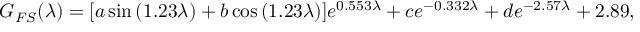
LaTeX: G _ { F S } ( \lambda ) = [ a \sin { ( 1 . 2 3 \lambda ) } + b \cos { ( 1 . 2 3 \lambda ) } ] e ^ { 0 . 5 5 3 \lambda } + c e ^ { - 0 . 3 3 2 \lambda } + d e ^ { - 2 . 5 7 \lambda } + 2 . 8 9 ,